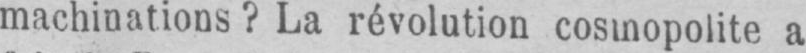
machinations? La révolution cosmopolite a